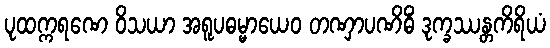
ပုထက္ကရဏေ ဝိသယာ အရူပဓမ္မာယေဝ တဏှာပဏိဓိံ ဒုက္ခဿန္တကိရိယံ